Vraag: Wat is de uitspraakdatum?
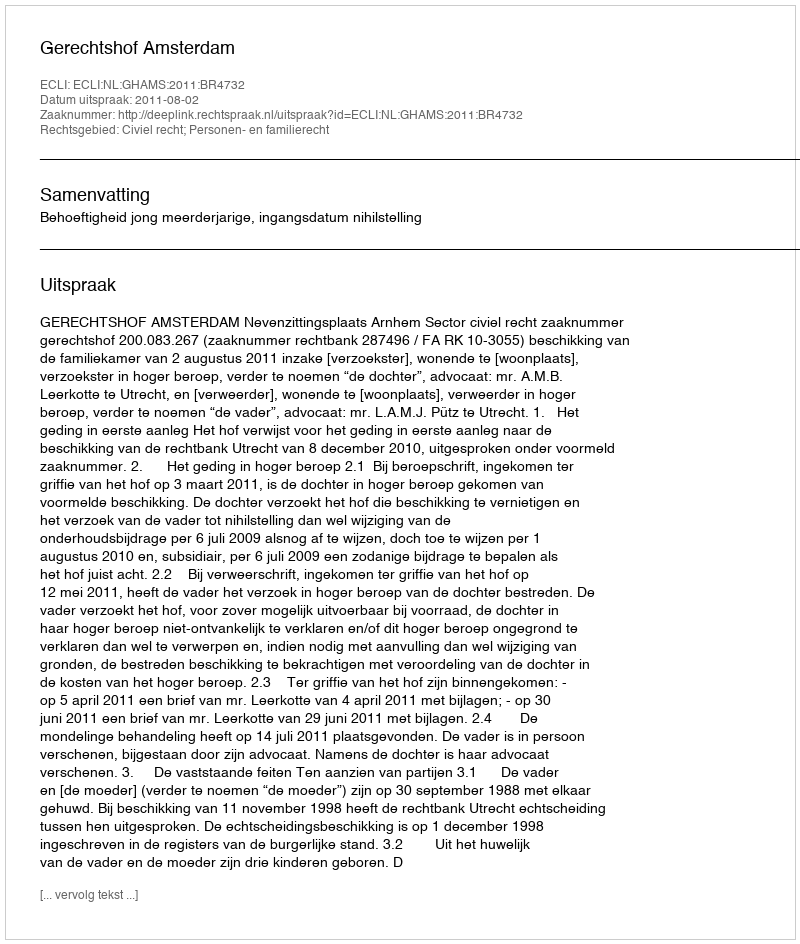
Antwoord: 2011-08-02